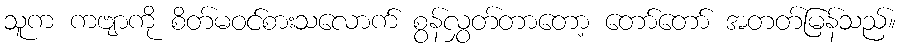
သူက ကဗျာကို စိတ်မဝင်စားသလောက် စွန်လွှတ်တာတော့ တော်တော် အတတ်မြန်သည်။